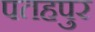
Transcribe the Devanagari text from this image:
पतहपुर